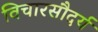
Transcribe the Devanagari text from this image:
विचारसौदर्य